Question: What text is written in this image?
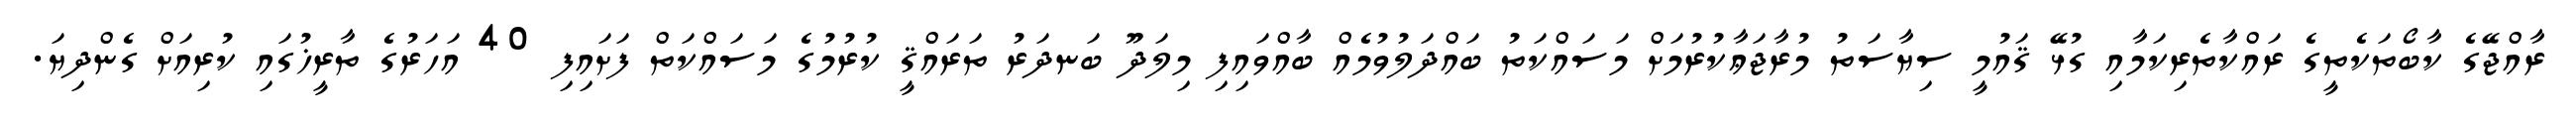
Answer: ރާއްޖޭގެ ކާބޯތަކެތީގެ ރައްކާތެރިކަމާއި ގުޅޭ ޤައުމީ ސިޔާސަތު މުރާޖަޢާކުރުމަށް މަސައްކަތު ބައްދަލުވުމެއް ބާއްވައިފި މިލަދޫ ބަނދަރު ތަރައްޤީ ކުރުމުގެ މަސައްކަތް ފަށައިފި 40 އަހަރުގެ ތާރީޚުގައި ކުރިއަށް ގެންދިޔަ.